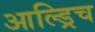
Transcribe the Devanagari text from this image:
आल्ड्रिच